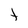
Character: t